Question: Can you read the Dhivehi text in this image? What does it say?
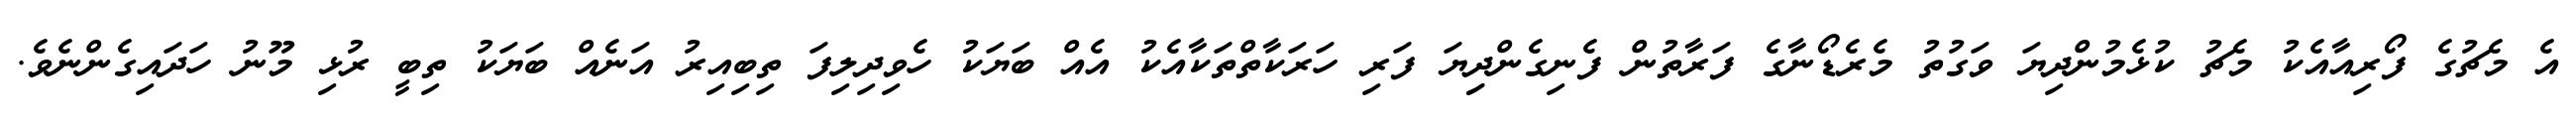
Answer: އެ މެޗުގެ ފޯރިއާއެކު މެޗު ކުޅެމުންދިޔަ ވަގުތު މެރެޑޯނާގެ ފަރާތުން ފެނިގެންދިިޔަ ފަރި ހަރަކާތްތަކާއެކު އެއް ބަޔަކު ހެވިދިލިފަ ތިބިއިރު އަނެއް ބަޔަކު ތިބީ ރުޅި މޫނު ހަދައިގެންނެވެ.